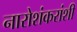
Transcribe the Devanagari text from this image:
नारोशंकरांशी